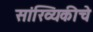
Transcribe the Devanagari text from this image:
सांख्यिकीचे